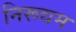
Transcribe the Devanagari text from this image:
निरूद्यम